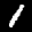
Label: 1